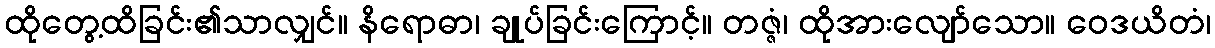
ထိုတွေ့ထိခြင်း၏သာလျှင်။ နိရောဓာ၊ ချုပ်ခြင်းကြောင့်။ တဇ္ဇံ၊ ထိုအားလျော်သော။ ဝေဒယိတံ၊